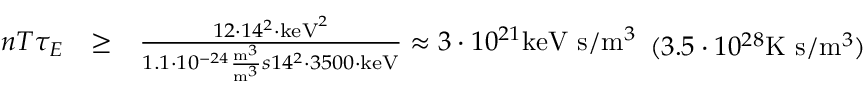
{ \begin{array} { l l l } { n T \tau _ { E } } & { \geq } & { { \frac { 1 2 \cdot 1 4 ^ { 2 } \cdot \mathrm { { k e V } } ^ { 2 } } { 1 . 1 \cdot 1 0 ^ { - 2 4 } { \frac { \mathrm { { m } } ^ { 3 } } { \mathrm { { m } } ^ { 3 } } { { s } } } 1 4 ^ { 2 } \cdot 3 5 0 0 \cdot \mathrm { { k e V } } } } \approx 3 \cdot 1 0 ^ { 2 1 } { \mathrm { k e V ~ s } } / { \mathrm { m } } ^ { 3 } } \end{array} } ( 3 . 5 \cdot 1 0 ^ { 2 8 } { \mathrm { K ~ s } } / { \mathrm { m } } ^ { 3 } )